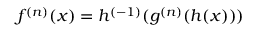
f ^ { ( n ) } ( x ) = h ^ { ( - 1 ) } ( g ^ { ( n ) } ( h ( x ) ) ) \,